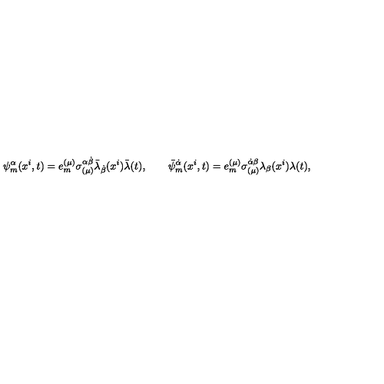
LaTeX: \psi _ { m } ^ { \alpha } ( x ^ { i } , t ) = e _ { m } ^ { ( \mu ) } \sigma _ { ( \mu ) } ^ { \alpha \dot { \beta } } \bar { \lambda } _ { \dot { \beta } } ( x ^ { i } ) \bar { \lambda } ( t ) , \qquad \bar { \psi } _ { m } ^ { \dot { \alpha } } ( x ^ { i } , t ) = e _ { m } ^ { ( \mu ) } \sigma _ { ( \mu ) } ^ { \dot { \alpha } \beta } \lambda _ { \beta } ( x ^ { i } ) \lambda ( t ) ,